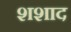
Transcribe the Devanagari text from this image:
शशाद